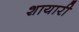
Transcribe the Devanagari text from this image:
शायारी